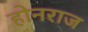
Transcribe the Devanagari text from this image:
होनराज